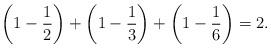
LaTeX: \begin{align*} \left(1-\frac{1}{2}\right)+\left(1-\frac{1}{3}\right)+\left(1-\frac{1}{6}\right)=2. \end{align*}